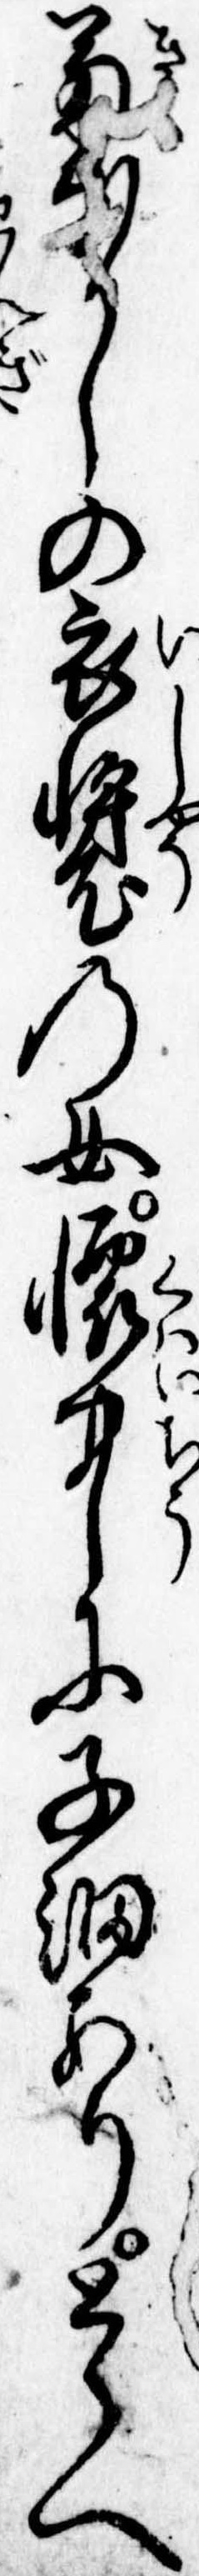
菊なかしの衣装の女懐中に子細ありとらへ